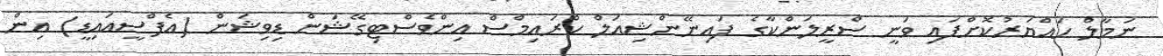
ނަމާލް ހައްޔަރުކޮށްފައި ވަނީ ސްރީލަންކާގެ ފައިނޭންޝިއަލް ކްރައިމްސް އިންވެސްޓިގޭޝަން ޑިވިޝަން (އެފްސީއައިޑީ) އިން